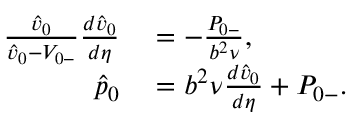
\begin{array} { r l } { \frac { \hat { v } _ { 0 } } { \hat { v } _ { 0 } - { V } _ { 0 - } } \frac { d \hat { v } _ { 0 } } { d \eta } } & { { } = - \frac { { P } _ { 0 - } } { b ^ { 2 } \nu } , } \\ { \hat { p } _ { 0 } } & { { } = b ^ { 2 } \nu \frac { d \hat { v } _ { 0 } } { d \eta } + { P } _ { 0 - } . } \end{array}